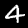
Digit: 4